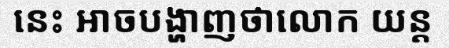
នេះ អាចបង្ហាញថាលោក យន្ត